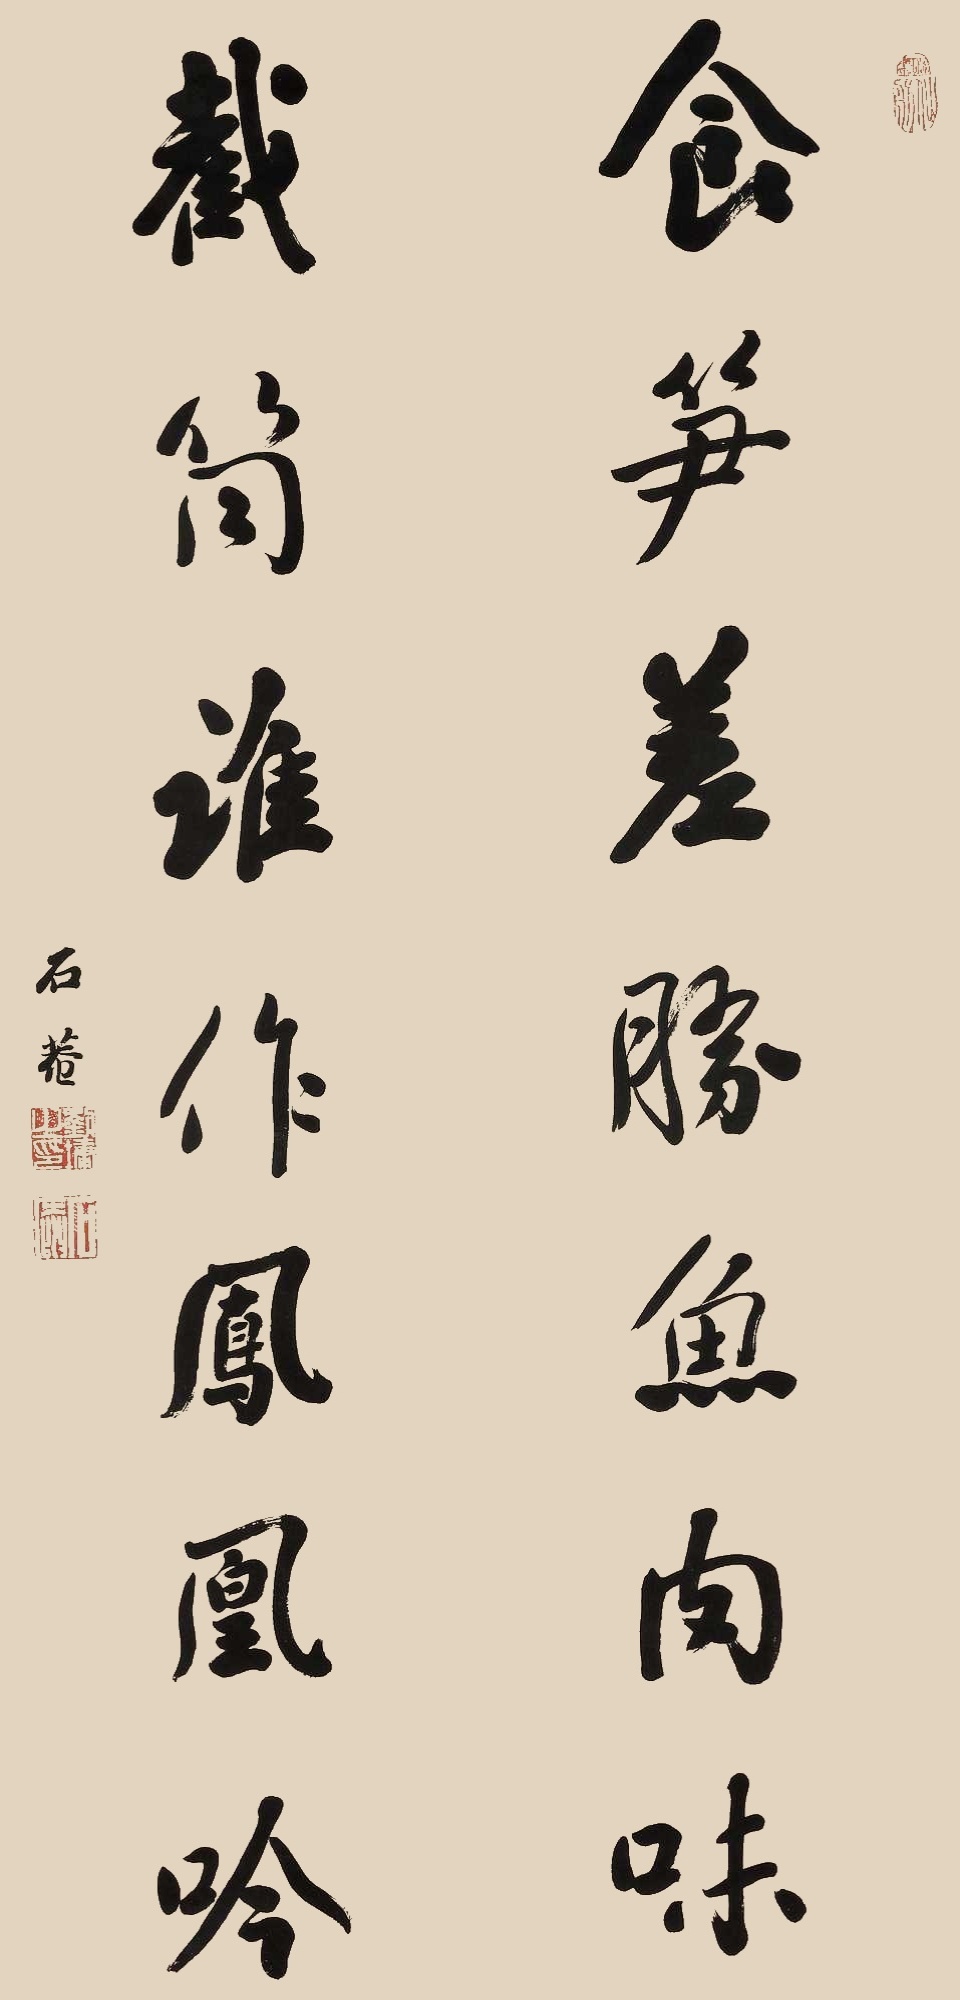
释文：食笋差胜鱼肉味，截简谁作凤凰吟。石庵。